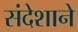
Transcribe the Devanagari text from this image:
संदेशाने